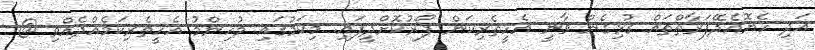
އަދި ހެޔޮއެދޭފަރާތްތައް ގުޅިގެން ވާނީ އެހީތެރިކަން ފޯރުކޮށްދީފައި. މިކަމުގައި މުހިންމު އެހީތެރިކަމެއްދެއްވި @